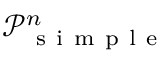
\mathcal P _ { \mathrm { ~ s ~ i ~ m ~ p ~ l ~ e ~ } } ^ { n }